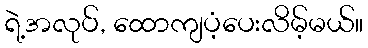
ရဲ့အလုပ်, ထောကျပံ့ပေးလိမ့်မယ်။